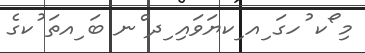
މި ޯކ ުހގަ ިއ ިކޔަވައި ިދ ްނ ބަ ިއތަ ުކގެ